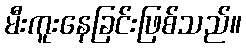
မီးကူးနေခြင်းဖြစ်သည်။